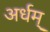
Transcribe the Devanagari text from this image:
अर्धम्